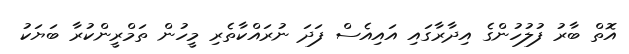
އޮތް ބާރު ފުލުހުންގެ އިދާރާގައި އައިއެސް ފަދަ ނުރައްކާތެރި މީހުން ތަމްރީންކުރާ ބަޔަކު